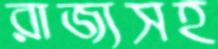
রাজ্যসহ